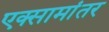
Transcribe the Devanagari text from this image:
एक्सामांतर